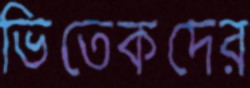
ভিতেকদের